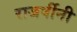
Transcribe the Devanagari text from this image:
राजर्षीनी